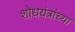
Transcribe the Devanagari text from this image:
शोधयंत्रांच्या